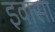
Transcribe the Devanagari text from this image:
इवासा